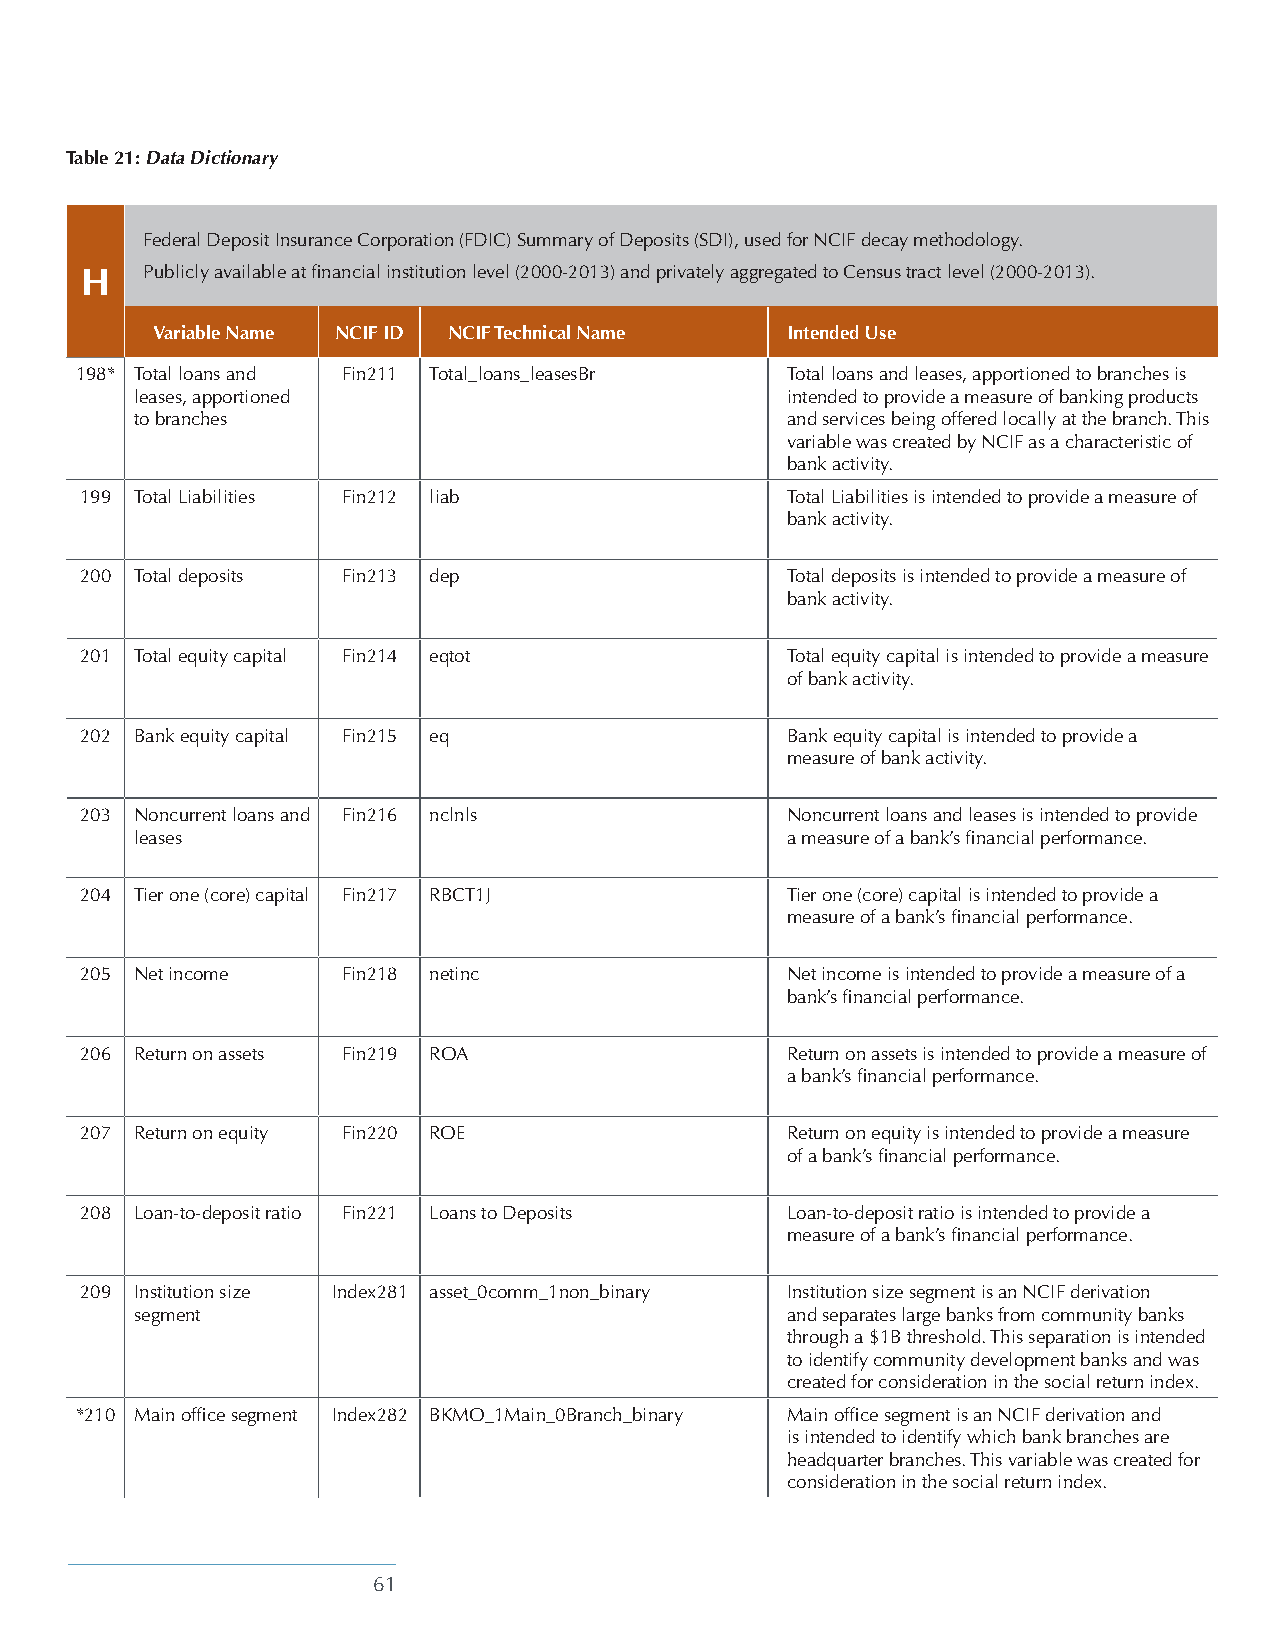
Table 21: Data Dictionary
 Federal Deposit Insurance Corporation (FDIC) Summary of Deposits (SDI), used for NCIF decay methodology.
 H   Publicly available at financial institution level (2000-2013) and privately aggregated to Census tract level (2000-2013).
 Variable Name NCIF ID NCIF Technical Name Intended Use
 198* Total loans and Fin211 Total_loans_leasesBr Total loans and leases, apportioned to branches is
 leases, apportioned                        intended to provide a measure of banking products
 to branches                                and services being offered locally at the branch. This
 variable was created by NCIF as a characteristic of
 bank activity.
 199 Total Liabilities Fin212 liab              Total Liabilities is intended to provide a measure of
 bank activity.
 200 Total deposits Fin213 dep                  Total deposits is intended to provide a measure of
 bank activity.
 201 Total equity capital Fin214 eqtot          Total equity capital is intended to provide a measure
 of bank activity.
 202 Bank equity capital Fin215 eq              Bank equity capital is intended to provide a
 measure of bank activity.
 203 Noncurrent loans and Fin216 nclnls         Noncurrent loans and leases is intended to provide
 leases                                     a measure of a bank’s financial performance.
 204 Tier one (core) capital Fin217 RBCT1J      Tier one (core) capital is intended to provide a
 measure of a bank’s financial performance.
 205 Net income    Fin218 netinc                Net income is intended to provide a measure of a
 bank’s financial performance.
 206 Return on assets Fin219 ROA                Return on assets is intended to provide a measure of
 a bank’s financial performance.
 207 Return on equity Fin220 ROE                Return on equity is intended to provide a measure
 of a bank’s financial performance.
 208 Loan-to-deposit ratio Fin221 Loans to Deposits Loan-to-deposit ratio is intended to provide a
 measure of a bank’s financial performance.
 209 Institution size Index281 asset_0comm_1non_binary Institution size segment is an NCIF derivation
 segment                                    and separates large banks from community banks
 through a $1B threshold. This separation is intended
 to identify community development banks and was
 created for consideration in the social return index.
 *210 Main office segment Index282 BKMO_1Main_0Branch_binary Main office segment is an NCIF derivation and
 is intended to identify which bank branches are
 headquarter branches. This variable was created for
 consideration in the social return index.
 61